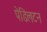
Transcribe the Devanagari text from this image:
पेडिलटन